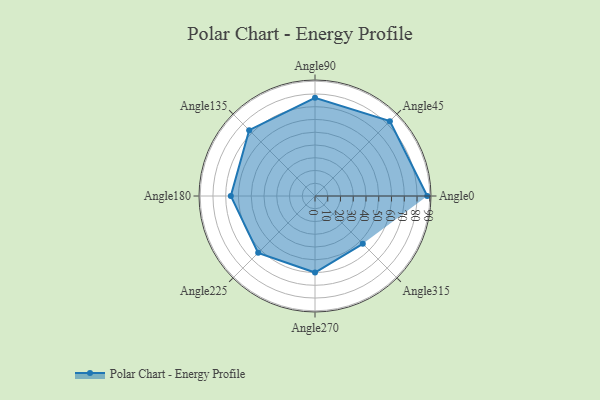
{"axis": {"x": "Angle", "y": "Radius"}, "legend": [""], "data": [{"x": "Angle0", "y": 88.0, "type": ""}, {"x": "Angle45", "y": 83.0, "type": ""}, {"x": "Angle90", "y": 77.0, "type": ""}, {"x": "Angle135", "y": 73.0, "type": ""}, {"x": "Angle180", "y": 66.0, "type": ""}, {"x": "Angle225", "y": 63.0, "type": ""}, {"x": "Angle270", "y": 60.0, "type": ""}, {"x": "Angle315", "y": 53.0, "type": ""}]}